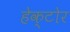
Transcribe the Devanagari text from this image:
हेक्टोर